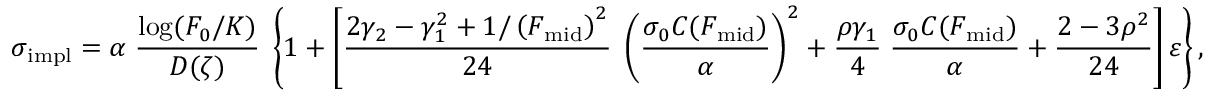
\sigma _ { \mathrm { i m p l } } = \alpha \; { \frac { \log ( F _ { 0 } / K ) } { D ( \zeta ) } } \; \left\{ 1 + \left[ { \frac { 2 \gamma _ { 2 } - \gamma _ { 1 } ^ { 2 } + 1 / \left( F _ { \mathrm { m i d } } \right) ^ { 2 } } { 2 4 } } \; \left( { \frac { \sigma _ { 0 } C ( F _ { \mathrm { m i d } } ) } { \alpha } } \right) ^ { 2 } + { \frac { \rho \gamma _ { 1 } } { 4 } } \; { \frac { \sigma _ { 0 } C ( F _ { \mathrm { m i d } } ) } { \alpha } } + { \frac { 2 - 3 \rho ^ { 2 } } { 2 4 } } \right] \varepsilon \right\} ,